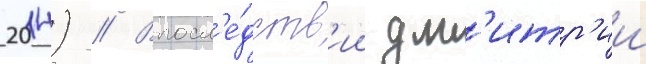
2014) // Впосл'е́дств'ии дм'итр'ии